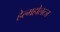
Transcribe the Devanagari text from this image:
हेल्महोलत्ज